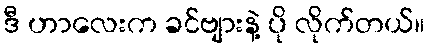
ဒီ ဟာလေးက ခင်ဗျားနဲ့ ပို လိုက်တယ်။